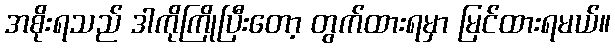
အစိုးရသည် ဒါကိုကြိုပြီးတော့ တွက်ထားရမှာ မြင်ထားရမယ်။